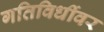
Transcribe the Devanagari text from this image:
गतिविधींवर